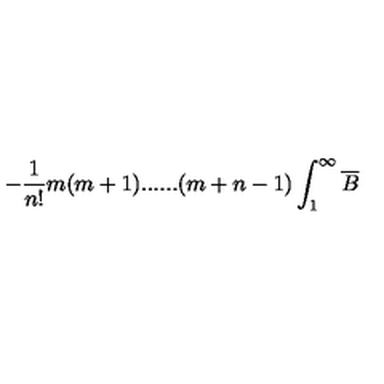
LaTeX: - \frac { 1 } { n ! } m ( m + 1 ) . . . . . . ( m + n - 1 ) \int _ { 1 } ^ { \infty } \overline { { B } }